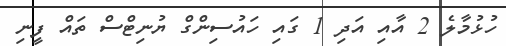
ހުޅުމާލެ 2 އާއި އަދި 1 ގައި ހައުސިންގް ޔުނިޓްސް ތައް ފީނި